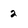
Character: 2